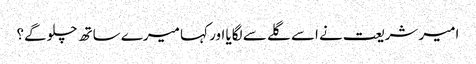
امیر شریعت نے اسے گلے سے لگایا اور کہا میرے ساتھ چلو گے؟